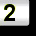
Digit: 2